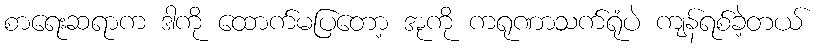
စာရေးဆရာက ဒါကို ထောက်မပြတော့ အုကို ကရုဏာသက်ရုံပဲ ကျန်ရစ်ခဲ့တယ်